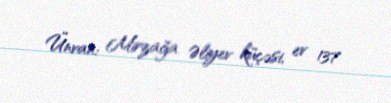
Ünvan: Mirzağa Əliyev küçəsi, ev 137